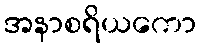
အနာစရိယကော